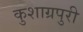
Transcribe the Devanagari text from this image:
कुशाग्रपुरी